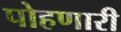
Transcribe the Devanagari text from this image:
पोहणारी